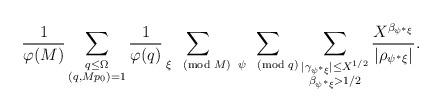
LaTeX: \begin{align*}\frac{1}{\varphi(M)}\sum_{\substack{q\leq\Omega\\(q,Mp_0)=1}}\frac{1}{\varphi(q)}\sum_{\xi\pmod{M}}\:\sum_{\psi\pmod{q}}\sum_{\substack{\lvert\gamma_{\psi^*\xi}\rvert\leq X^{1/2}\\\beta_{\psi^*\xi}>{1/2}}}\frac{X^{\beta_{\psi^*\xi}}}{\lvert\rho_{\psi^*\xi}\rvert}.\end{align*}